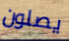
يصلون